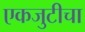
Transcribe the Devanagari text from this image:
एकजुटीचा